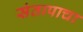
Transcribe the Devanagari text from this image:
संतापाचा